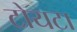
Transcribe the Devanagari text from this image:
टोयटा